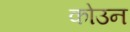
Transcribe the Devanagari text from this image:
कोउन